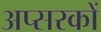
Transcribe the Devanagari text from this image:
अप्सरकों